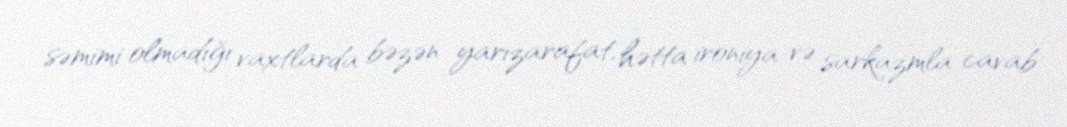
səmimi olmadığı vaxtlarda bəzən yarızarafat, hətta ironiya və sarkazmla cavab